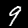
Label: 9